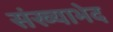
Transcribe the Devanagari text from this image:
संख्याभेद